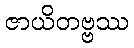
ဇာယိတဗ္ဗဿ